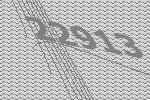
22913